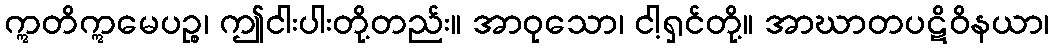
ဣတိဣမေပဉ္စ၊ ဤငါးပါးတို့တည်း။ အာဝုသော၊ ငါ့ရှင်တို့။ အာဃာတပဋိဝိနယာ၊